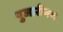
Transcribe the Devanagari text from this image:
पुजारीगण